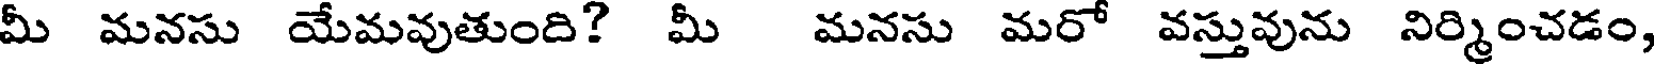
మీ మనసు యేమవుతుంది? మీ మనసు మరో వస్తువును నిర్మించడం,